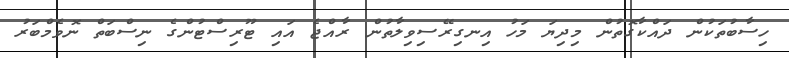
ހިސާބުތަކުން ދައްކާގޮތުން މިދިޔަ މަހު އިނގިރޭސިވިލާތުން ރާއްޖެ އައި ޓޫރިސްޓުންގެ ނިސްބަތް ނޮވެމްބަރު